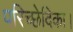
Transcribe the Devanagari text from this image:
परिच्छेदिका।